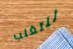
للتغلب